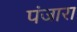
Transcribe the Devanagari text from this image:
पंजारा